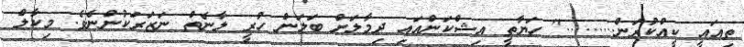
ތިއައީ ކީއްކުރަން........." ހަޔާތީ އިޝްކަންއައި ދިމާލަށް ބަލަން ހުރީ ލާނެތް ނަޒަރަކުންނެވެ. މިކާލް